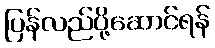
ပြန်လည်ပို့ဆောင်ရန်